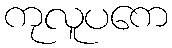
ကုလူပကေ